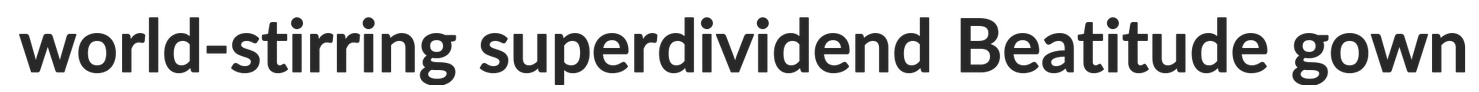
world-stirring superdividend Beatitude gown